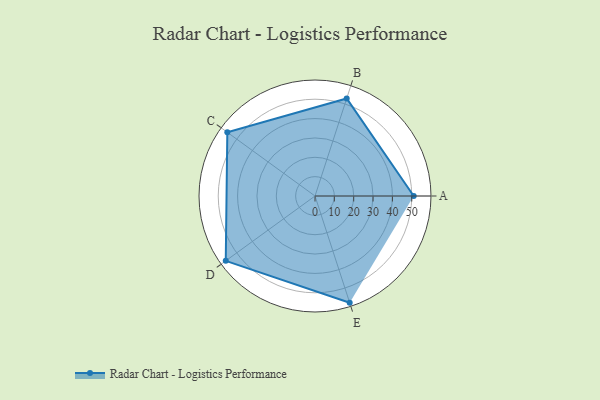
{"axis": {"x": "Skill", "y": "Score"}, "legend": ["Profile"], "data": [{"x": "A", "y": 51.0, "type": "Profile"}, {"x": "B", "y": 53.0, "type": "Profile"}, {"x": "C", "y": 56.0, "type": "Profile"}, {"x": "D", "y": 57.0, "type": "Profile"}, {"x": "E", "y": 58.0, "type": "Profile"}]}